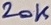
Text: 20K